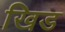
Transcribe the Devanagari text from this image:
खिड